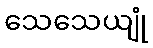
သေသေယျုံ